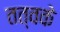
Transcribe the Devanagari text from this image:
तत्वके